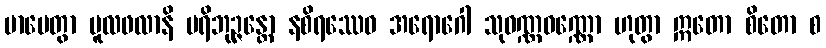
မာပေတွာ မူလဖလာနိ ပရိဘုဉ္ဇန္တော နစိရဿေဝ အရောဂေါ သုဝဏ္ဏဝဏ္ဏော ဟုတွာ ဣတော စိတော စ